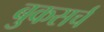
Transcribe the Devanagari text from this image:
बुकसर्च